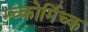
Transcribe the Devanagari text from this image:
म्च्कोर्मिच्क